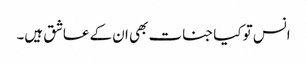
انس تو کیا جنات بھی ان کے عاشق ہیں۔